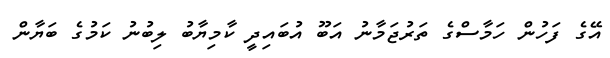
އޭގެ ފަހުން ހަމާސްގެ ތަރުޖަމާނު އަބޫ އުބައިދީ ކާމިޔާބު ލިބުނު ކަމުގެ ބަޔާން